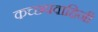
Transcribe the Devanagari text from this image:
कच्छपवाहिनी